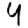
Digit: 4